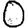
Digit: 0